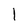
Character: l